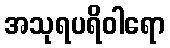
အသုရပရိဝါရော